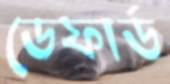
ডেফার্ড